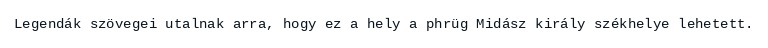
Legendák szövegei utalnak arra, hogy ez a hely a phrüg Midász király székhelye lehetett.